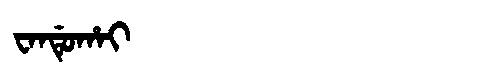
Manchu: ᠸᠠᠨᡩᡠᡥᠠᡳ
Romanization: WANDUHAI